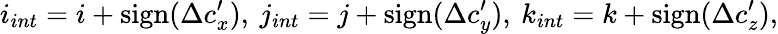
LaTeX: i_{int}=i+\mathrm{sign}(\Delta c_{x}^{\prime}),\: j_{int}=j+\mathrm{sign}(\Delta c_{y}^{\prime}),\: k_{int}=k+\mathrm{sign}(\Delta c_{z}^{\prime}),